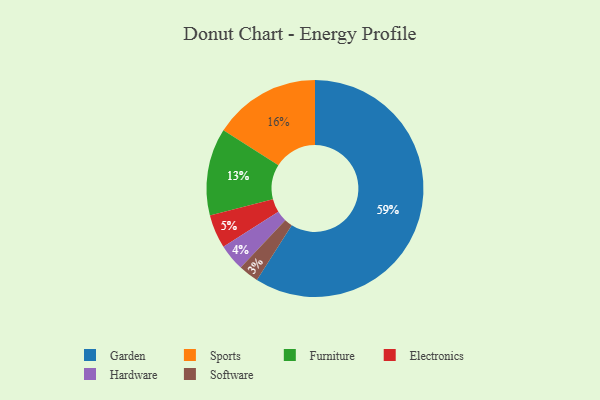
{"axis": {"x": "Category", "y": "Percentage"}, "legend": ["Electronics", "Furniture", "Garden", "Hardware", "Software", "Sports"], "data": [{"x": "Sports", "y": 16, "type": "Sports"}, {"x": "Electronics", "y": 5, "type": "Electronics"}, {"x": "Furniture", "y": 13, "type": "Furniture"}, {"x": "Garden", "y": 59, "type": "Garden"}, {"x": "Software", "y": 3, "type": "Software"}, {"x": "Hardware", "y": 4, "type": "Hardware"}]}